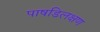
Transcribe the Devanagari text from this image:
पाषडिलक्षण